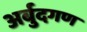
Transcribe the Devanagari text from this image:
अर्बुदगण